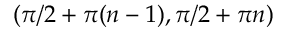
( \pi / 2 + \pi ( n - 1 ) , \pi / 2 + \pi n )